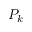
P _ { k }